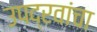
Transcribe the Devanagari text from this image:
उपद्रवांचा